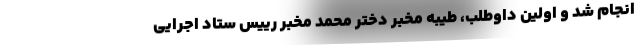
انجام شد و اولین داوطلب، طیبه مخبر دختر محمد مخبر رییس ستاد اجرایی